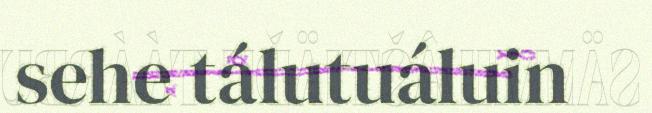
sehe tálutuáluin